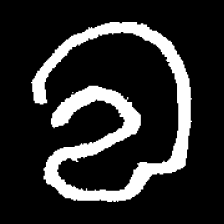
Pyu character \u2014 Myanmar letter: လ (romanized: la)